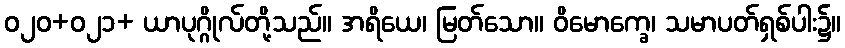
ဝ၂၀+၀၂၁+ ယာပုဂ္ဂိုလ်တို့သည်။ အရိယေ၊ မြတ်သော။ ဝိမောက္ခေ၊ သမာပတ်ရှစ်ပါး၌။